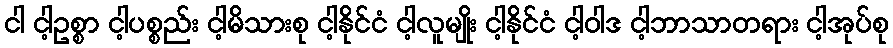
ငါ ငါ့ဥစ္စာ ငါ့ပစ္စည်း ငါ့မိသားစု ငါ့နိုင်ငံ ငါ့လူမျိုး ငါ့နိုင်ငံ ငါ့ဝါဒ ငါ့ဘာသာတရား ငါ့အုပ်စု